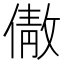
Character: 𬿣